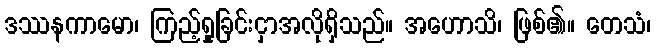
ဒဿနကာမော၊ ကြည့်ရှုခြင်းငှာအလိုရှိသည်။ အဟောသိ၊ ဖြစ်၏။ တေသံ၊